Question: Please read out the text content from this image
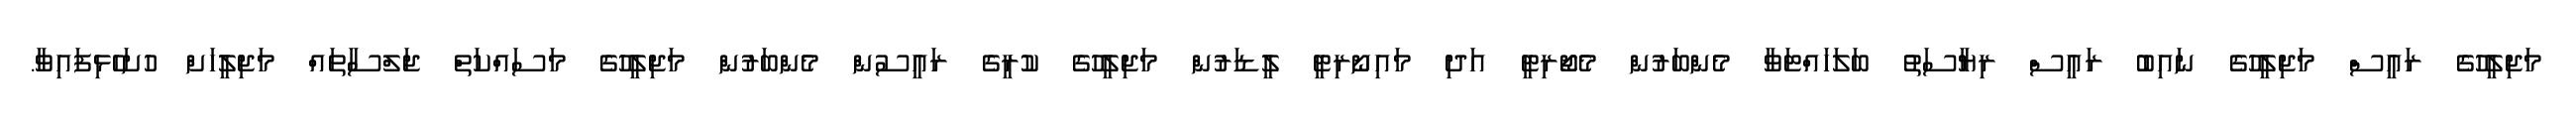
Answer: މަޖިލީހުގެ ރައީސް މަޖިލީހުގެ ނައިބު ރައީސް ރިޔާސަތު ބަލަހައްޓަވާ މެންބަރުން މެޖޯރިޓީ އަދި މައިނޯރިޓީ ލީޑަރުން މަޖިލީހުގެ ކުރީގެ ރައީސުން މެންބަރުން މަޖިލީހުގެ މަސައްކަތް ޖަލްސާތައް މަޖިލީހަށް ހުށަހެޅިފައިވާ.